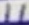
Text: 11